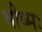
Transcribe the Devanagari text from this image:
भीष्मः